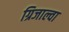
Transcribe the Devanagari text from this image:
ग्रिजाल्वा